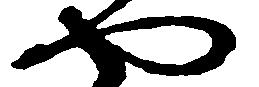
や